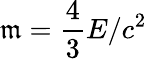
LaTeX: \mathfrak{m}={\frac{{4}}{{3}}}E/c^{2}